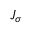
J _ { \sigma }